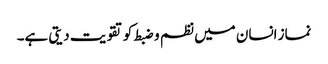
نماز انسان میں نظم و ضبط کو تقویت دیتی ہے۔